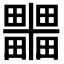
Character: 𭻹